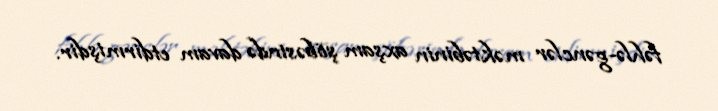
fəhlə-gənclər məktəbinin axşam şöbəsində davam etdirmişdir.